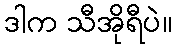
ဒါက သီအိုရီပဲ။